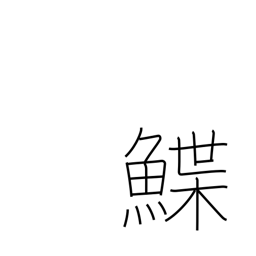
Meaning: sole